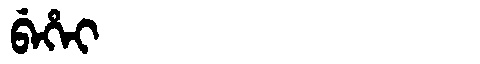
Manchu: ᠪᡝᡥᡝᡳ
Romanization: BEHEI